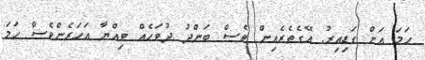
ހަމަ އަށް ގަޑިއިރު. އޭގެތެރެއިން ވެސް ބަންދު ދުވަހެއް ވިއްޔާ އަހަރެންވެސް ހަމަ